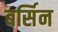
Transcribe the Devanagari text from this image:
बर्सिन